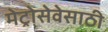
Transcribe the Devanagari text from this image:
मेट्रोसेवेसाठी